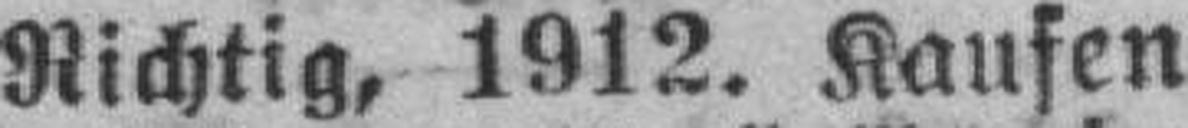
Richtig, 1912. Kaufen